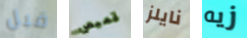
قبل قميص نايلز زيه